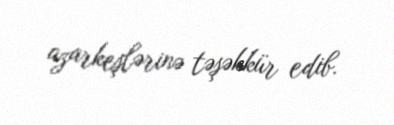
azarkeşlərinə təşəkkür edib.